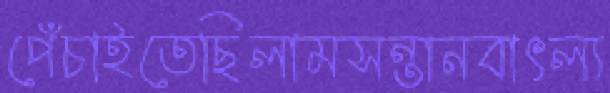
পেঁচাইতেছিলামসন্তানবাৎল্য